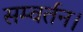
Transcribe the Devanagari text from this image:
सम्वर्तन।